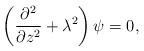
LaTeX: \begin{align*}\left({\partial^2\over\partial z^2}+\lambda^2\right)\psi=0,\end{align*}